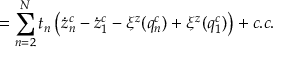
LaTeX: = \sum _ { n = 2 } ^ { \cal N } t _ { n } \left( \dot { z } _ { n } ^ { c } - \dot { z } _ { 1 } ^ { c } - \xi ^ { z } ( q _ { n } ^ { c } ) + \xi ^ { z } ( q _ { 1 } ^ { c } ) \right) + c . c .